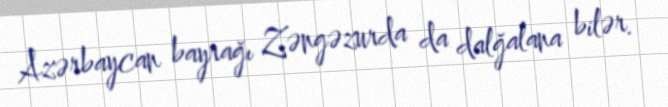
Azərbaycan bayrağı Zəngəzurda da dalğalana bilər.